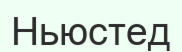
Ньюстед